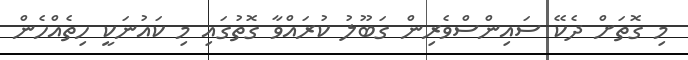
މި ގޮތަށް ދެކޭ ސައިންސްވެރިން ގަބޫލު ކުރައްވާ ގޮތުގައި މި ކައުނަކީ ހިތެއްހެން